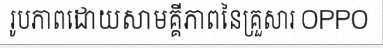
រូបភាពដោយសាមគ្គីភាពនៃគ្រួសារ OPPO